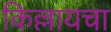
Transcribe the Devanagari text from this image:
किल्लायचा